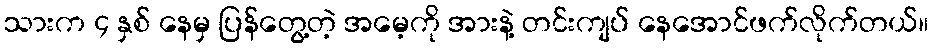
သားက ၄ နှစ် နေမှ ပြန်တွေ့တဲ့ အမေ့ကို အားနဲ့ တင်းကျပ် နေအောင်ဖက်လိုက်တယ်။